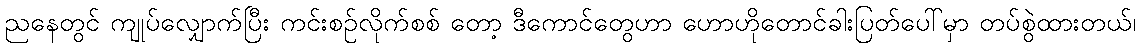
ညနေတွင် ကျုပ်လျှောက်ပြီး ကင်းစဉ်လိုက်စစ် တော့ ဒီကောင်တွေဟာ ဟောဟိုတောင်ခါးပြတ်ပေါ်မှာ တပ်စွဲထားတယ်၊